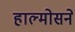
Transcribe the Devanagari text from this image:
हाल्मोसने